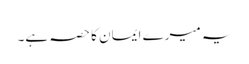
یہ میرے ایمان کا حصہ ہے۔